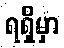
ရရှိမှာ